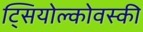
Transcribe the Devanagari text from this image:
ट्सियोल्कोवस्की